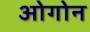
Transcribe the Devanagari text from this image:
ओगोन